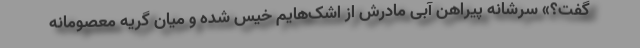
گفت؟» سرشانه پیراهن آبی مادرش از اشک‌هایم خیس شده و میان گریه معصومانه